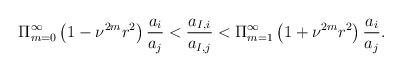
LaTeX: \begin{align*} \Pi_{m=0}^{\infty}\left( 1-\nu^{2m}r^2\right )\frac{a_{i}}{a_{j}} < \frac{a_{I,i}}{a_{I,j}} < \Pi_{m=1}^{\infty}\left( 1+\nu^{2m}r^2\right )\frac{a_{i}}{a_{j}}. \end{align*}